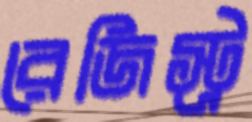
রেজিস্ট্র